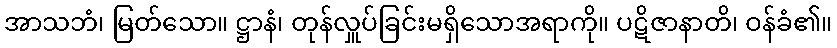
အာသဘံ၊ မြတ်သော။ ဋ္ဌာနံ၊ တုန်လှူပ်ခြင်းမရှိသောအရာကို။ ပဋိဇာနာတိ၊ ဝန်ခံ၏။